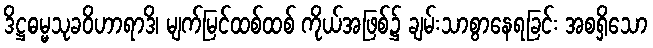
ဒိဋ္ဌဓမ္မသုခဝိဟာရာဒိ၊ မျက်မြင်ထစ်ထစ် ကိုယ်အဖြစ်၌ ချမ်းသာစွာနေရခြင်း အစရှိသော